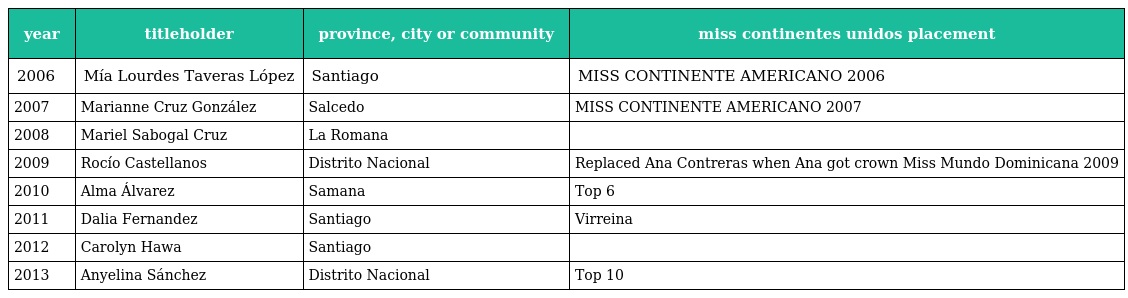
| year | titleholder | province, city or community | miss continentes unidos placement |
 | --- | --- | --- | --- |
 | 2006 | Mía Lourdes Taveras López | Santiago | MISS CONTINENTE AMERICANO 2006 |
 | 2007 | Marianne Cruz González | Salcedo | MISS CONTINENTE AMERICANO 2007 |
 | 2008 | Mariel Sabogal Cruz | La Romana |  |
 | 2009 | Rocío Castellanos | Distrito Nacional | Replaced Ana Contreras when Ana got crown Miss Mundo Dominicana 2009 |
 | 2010 | Alma Álvarez | Samana | Top 6 |
 | 2011 | Dalia Fernandez | Santiago | Virreina |
 | 2012 | Carolyn Hawa | Santiago |  |
 | 2013 | Anyelina Sánchez | Distrito Nacional | Top 10 |